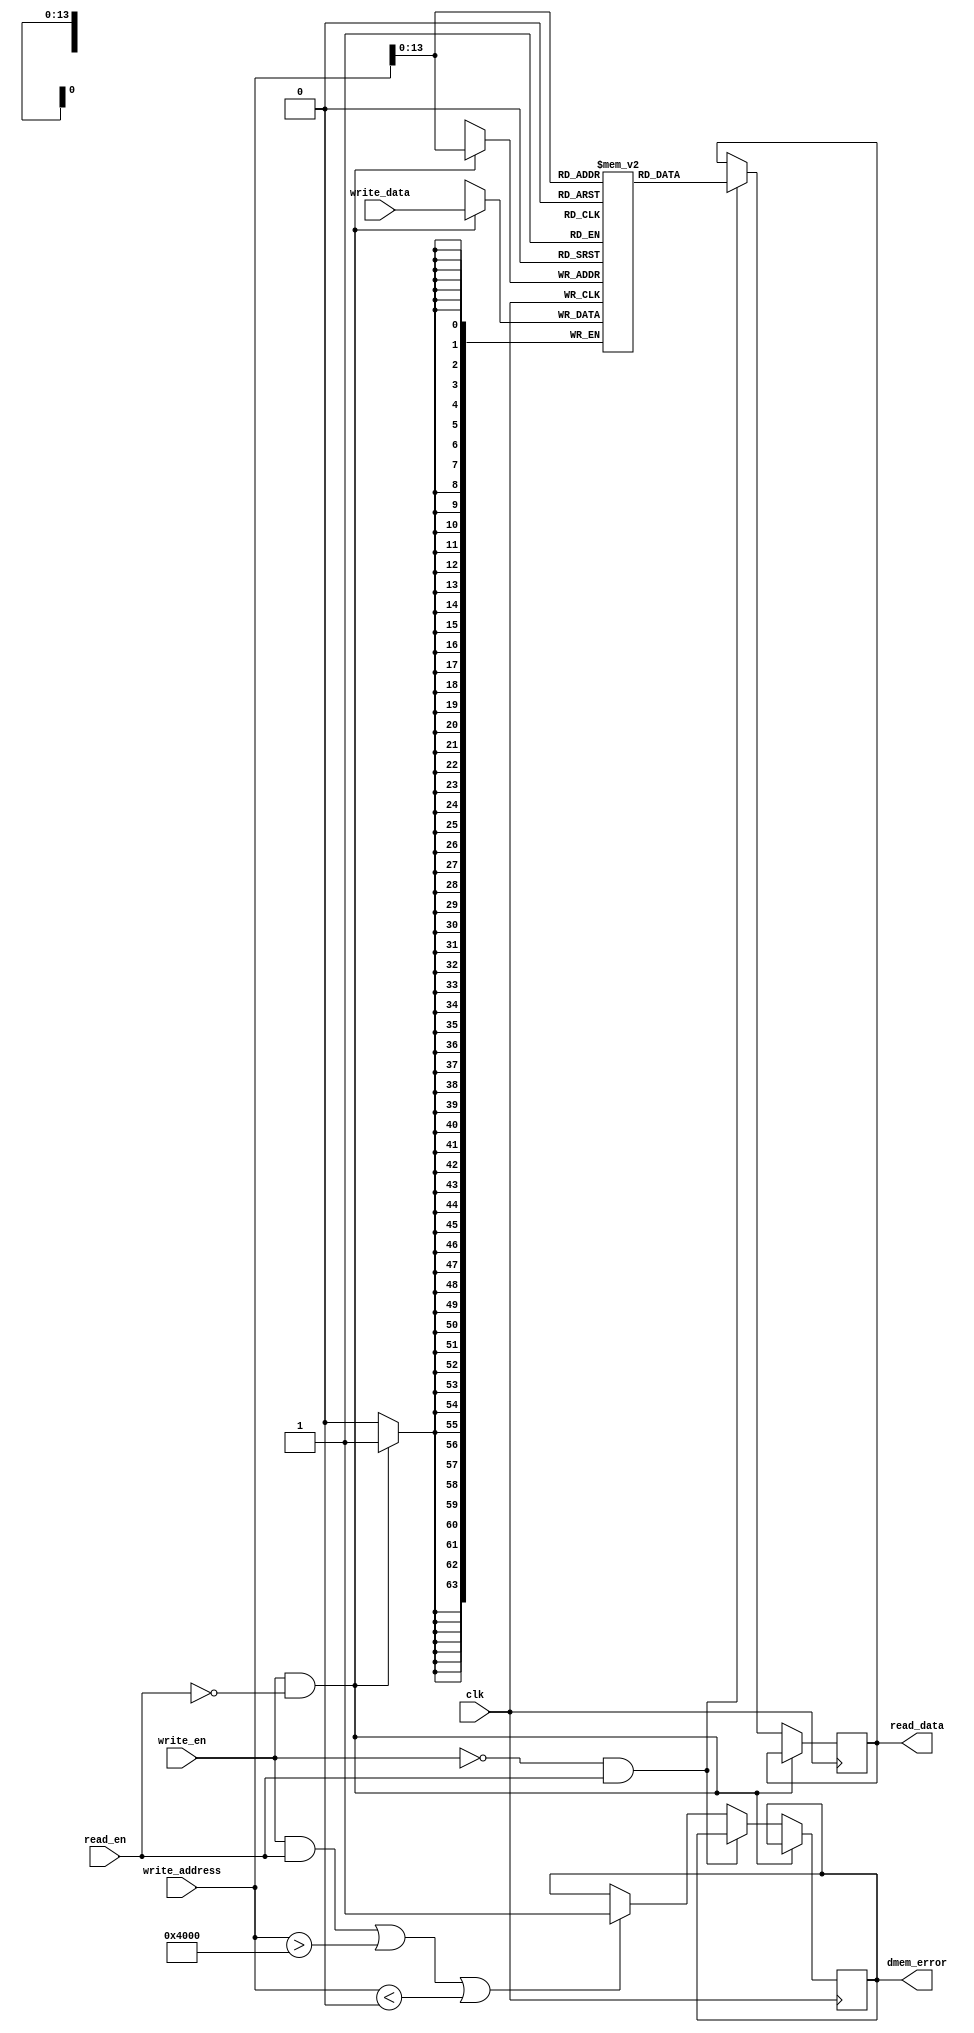
module mem(
    input clk,
    input write_en,
    input read_en,
    input [63:0] write_address,
    input [63:0] write_data,
    output reg [63:0] read_data,
    output reg dmem_error
);

reg [63:0] my_mem [0:16383];

    always @(posedge clk) begin
        if (write_en && !read_en) begin
            my_mem[write_address]<=write_data;
        end 
        
        else if (!write_en && read_en) begin
            read_data<=my_mem[write_address];
        end 

        else if (write_en && read_en || write_address > 16384 || write_address < 0) begin
            dmem_error<=1;
        end
    end
endmodule